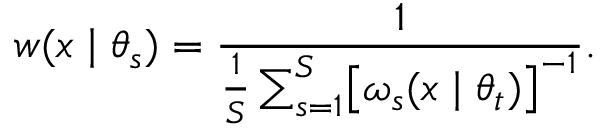
w ( x \mid \theta _ { s } ) = \frac { 1 } { \frac { 1 } { S } \sum _ { s = 1 } ^ { S } \bigl [ \omega _ { s } ( x \mid \theta _ { t } ) \bigr ] ^ { - 1 } } .